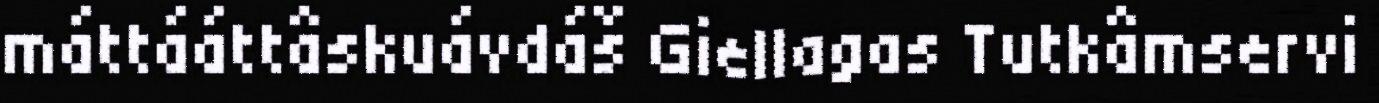
máttááttâskuávdáš Giellagas Tutkâmservi